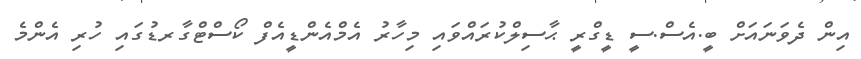
އިން ދެވަނައަށް ބީ.އެސް.ސީ ޑީގްރީ ޙާސިލްކުރައްވައި މިހާރު އެމްއެންޑީއެފް ކޯސްޓްގާރޑުގައި ހުރި އެންމެ